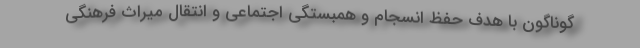
گوناگون با هدف حفظ انسجام و همبستگی اجتماعی و انتقال میراث فرهنگی